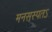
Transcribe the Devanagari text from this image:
मनसस्पतऽ